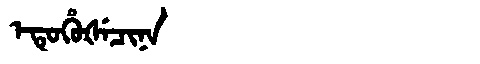
Manchu: ᡝᡨᡠᡥᡠᡧᡝᠴᡳᠨᠠ
Romanization: ETUHUŠECINA